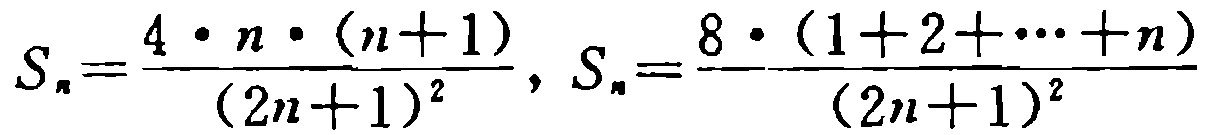
\[S_{n}=\frac{4\cdot n\cdot(n + 1)}{(2n + 1)^{2}},S_{n}=\frac{8\cdot(1 + 2+\cdots + n)}{(2n + 1)^{2}}\]